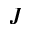
J